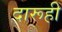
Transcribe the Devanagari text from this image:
दारूही